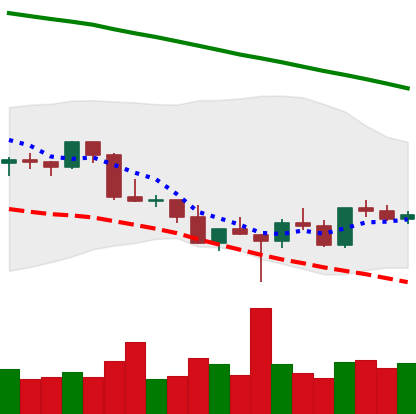
Ticker: LTC-USD
Chart end date: 2022-03-03
Forward return: -9.64%
Label: down_7plus